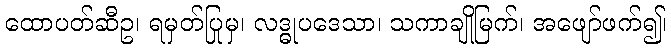
ထောပတ်ဆီဥ၊ ရမှတ်ပြုမှ၊ လဒ္ဓုပဒေသာ၊ သကာချိုမြက်၊ အဖျော်ဖက်၍၊